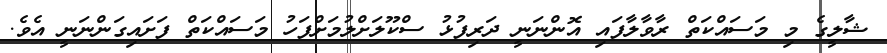
ޝާލީގެ މި މަސައްކަތް ރާވާލާފައި އޮންނަނީ ދަރިފުޅު ސްކޫލަށްލުމަށްފަހު މަސައްކަތް ފަށައިގަންނަނީ އެވެ.